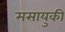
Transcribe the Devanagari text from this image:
मसायुकी